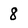
Character: 8